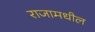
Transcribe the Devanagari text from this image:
राजामधील